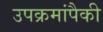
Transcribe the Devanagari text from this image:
उपक्रमांपैकी